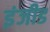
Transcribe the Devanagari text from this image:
इंजीड